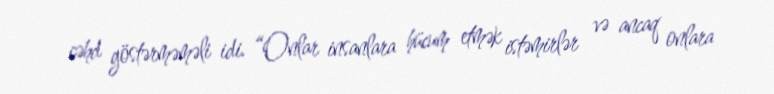
cəhd göstərməməli idi. “Onlar insanlara hücum etmək istəmirlər və ancaq onlara